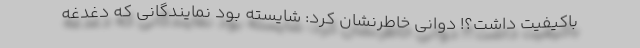
باكیفیت داشت؟! دوانی خاطرنشان کرد: شایسته بود نمایندگانی كه دغدغه